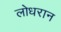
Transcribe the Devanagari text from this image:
लोधरान